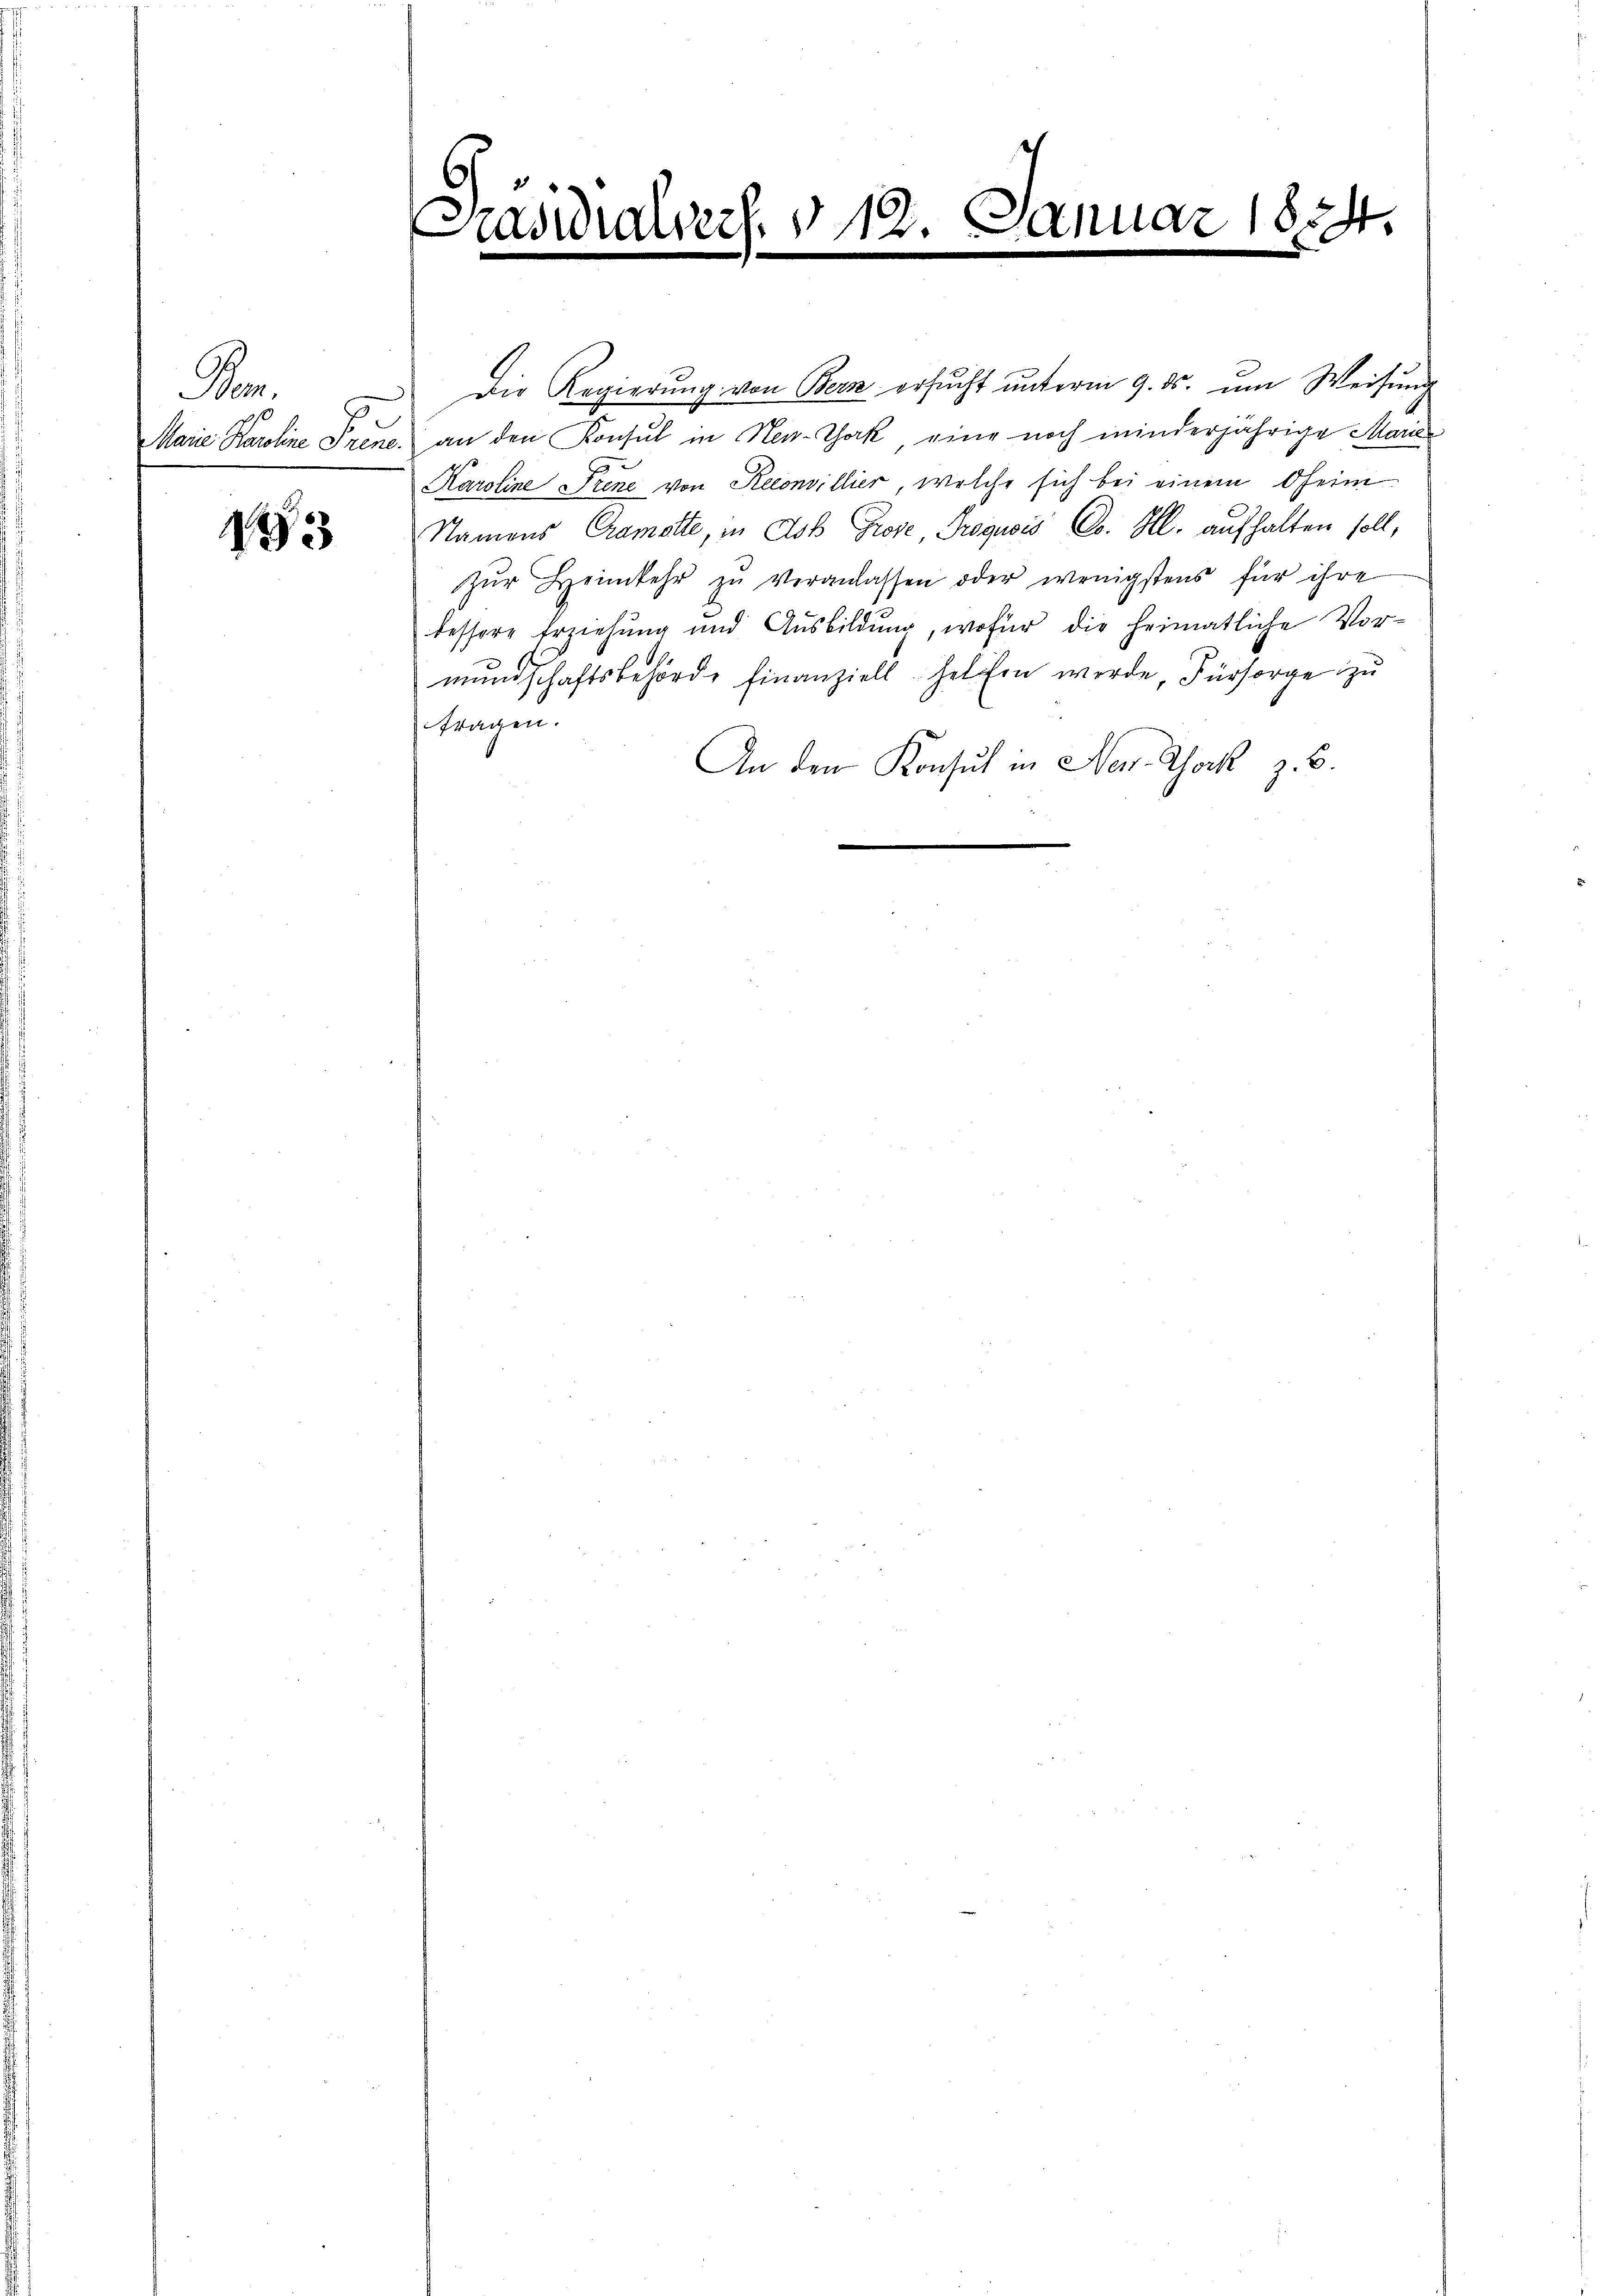
Den

193

Präsidialvers. § 12. Januar 1834.
d
.

Die Regierung von Bern ersucht unterm 9. ds. um Weisung
Marie Karoline Prene, an den Konsul in New-Yok, eine noch minderjährige Marie
Karoline Frene von Reconvillier, welche sich bei einem Oheim
Namens Cramelte, in Ach Grose, Prognois Co. Hl. aufhalten soll,
zŭr Heimkehr zŭ veranlassen oder wenigstens für ihre
bessere Erziehung und Ausbildung, wofür die heimatliche Vormundschaftsbehörde Finanziell helfen werde, Fürsorge zu
fragen.
An den Konsul in Neu-Sock z. B.
e